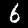
Digit: 6